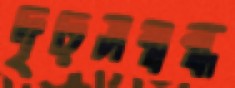
দৃঢ়সম্বন্ধ